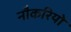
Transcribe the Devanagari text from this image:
नौकरियो